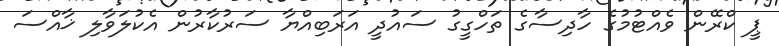
ޕީ ކްރޭން ވެއްޓުމުގެ ހާދިސާގެ ތަހްގީގު ސައުދީ އަރަބިއްޔާ ސަރުކާރުން އެކުލަވާލި ޚާއްސަ